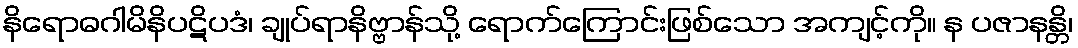
နိရောဓဂါမိနိပဋိပဒံ၊ ချုပ်ရာနိဗ္ဗာန်သို့ ရောက်ကြောင်းဖြစ်သော အကျင့်ကို။ န ပဇာနန္တိ၊